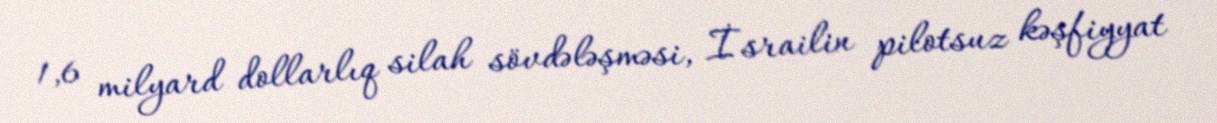
1,6 milyard dollarlıq silah sövdələşməsi, İsrailin pilotsuz kəşfiyyat